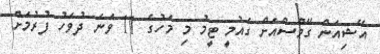
އޭޝިއަން ގޭމްސްއަށް ގައުމީ ޓީމު މި މަހުގެ 11 ވަނަ ދުވަހު ފުރުމަށް